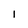
Character: I